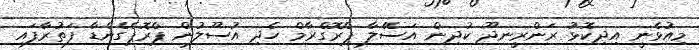
މިއުޅެނީ އިދިކޮޅު ރަންރީނދޫ ކުދިން އަސޭލާ ޕްރޮގްރާމް ހެދި އުސޫލުން ޕްރޮޕެގެންޑާ ފަތުރާފައި